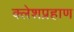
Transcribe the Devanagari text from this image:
क्लेशप्रहाण